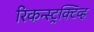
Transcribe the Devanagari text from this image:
रिकन्स्ट्रक्टिव्ह